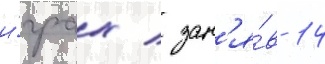
и́грах / зан'я́в 14